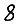
Digit: 8